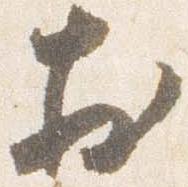
於